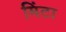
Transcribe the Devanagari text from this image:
मिंटा